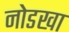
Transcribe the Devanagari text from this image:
नोडखा